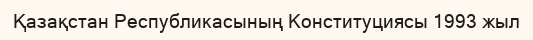
Қазақстан Республикасының Конституциясы 1993 жыл